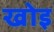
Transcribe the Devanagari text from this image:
खोइ